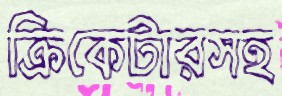
ক্রিকেটারসহ